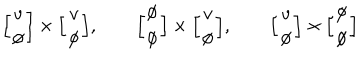
\Big [ \begin{array} { c } { { v } } \\ { { \emptyset } } \\ \end{array} \Big ] \times \Big [ \begin{array} { c } { { v } } \\ { { \emptyset } } \\ \end{array} \Big ] , \qquad \Big [ \begin{array} { c } { { \emptyset } } \\ { { \emptyset } } \\ \end{array} \Big ] \times \Big [ \begin{array} { c } { { v } } \\ { { \emptyset } } \\ \end{array} \Big ] , \qquad \Big [ \begin{array} { c } { { v } } \\ { { \emptyset } } \\ \end{array} \Big ] \times \Big [ \begin{array} { c } { { \emptyset } } \\ { { \emptyset } } \\ \end{array} \Big ]